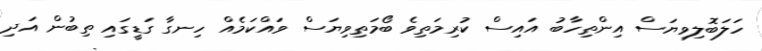
ހަލަބޮލިވިޔަސް އިންތިހާބު އައިސް ކުރިމަތިވެ ބޯމަތިވިޔަސް ވައްކަމެއް ހިނގާ ގަޑީގައި ތިބުން އަދި